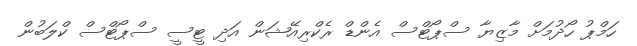
ހަމްޕު ހޯދުމަށް މާޒިޔާ ސްޕޯޓްސް އެންޑް ރެކްރިއޭޝަން އަދި ޓީސީ ސްޕޯޓްސް ކްލަބުން